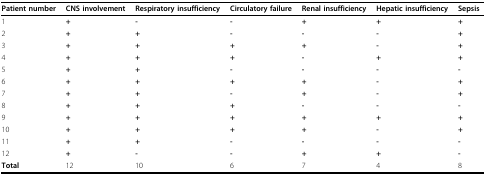
| Patient number | CNS involvement | Respiratory insufficiency | Circulatory failure | Renal insufficiency | Hepatic insufficiency | Sepsis |
 | --- | --- | --- | --- | --- | --- | --- |
 | 1 | + | - | - | + | + | + |
 | 2 | + | + | - | - | - | + |
 | 3 | + | + | + | + | - | + |
 | 4 | + | + | + | - | + | + |
 | 5 | + | + | - | - | - | - |
 | 6 | + | + | + | + | - | + |
 | 7 | + | + | - | + | - | + |
 | 8 | + | + | + | - | - | - |
 | 9 | + | + | + | + | + | + |
 | 10 | + | + | + | + | - | + |
 | 11 | + | + | - | - | - | - |
 | 12 | + | - | - | + | + | - |
 | Total | 12 | 10 | 6 | 7 | 4 | 8 |